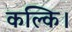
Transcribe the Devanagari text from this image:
कल्कि।